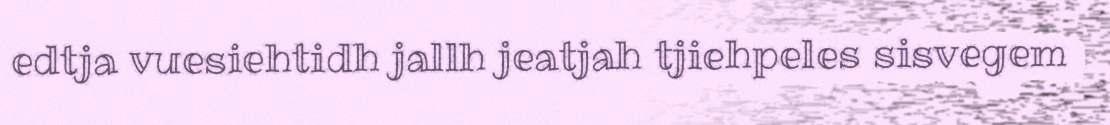
edtja vuesiehtidh jallh jeatjah tjiehpeles sisvegem